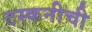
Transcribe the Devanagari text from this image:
टस्कनीची